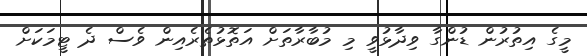
މީގެ އިތުރުން ޑުންގާ ވިދާޅުވީ މި މުބާރާތަށް އަތޮޅުތެރެެއިން ވެސް ދެ ޓީމަކަށް